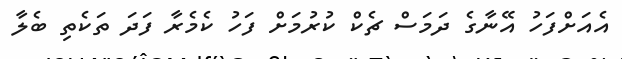
އެއަށްފަހު އޭނާގެ ދަމަސް ޗެކް ކުރުމަށް ފަހު ކެމެރާ ފަދަ ތަކެތި ބެލާ